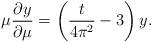
LaTeX: \begin{align*}\mu\frac{\partial y}{\partial\mu}=\left(\frac{t}{4\pi^2}-3\right)y.\end{align*}